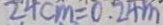
2 4 c m = 0 . 2 4 m